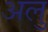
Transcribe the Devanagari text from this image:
अलु